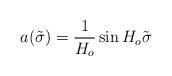
LaTeX: \begin{align*}a(\tilde{\sigma}) = \frac{1}{H_{o}} \sin H_{o} \tilde{\sigma}\end{align*}